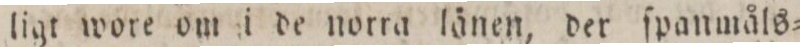
ligt wore om i de norra länen, der ſpanmåls=